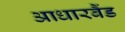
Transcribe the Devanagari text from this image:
आधारबैंड